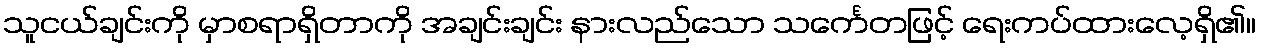
သူငယ်ချင်းကို မှာစရာရှိတာကို အချင်းချင်း နားလည်သော သင်္ကေတဖြင့် ရေးကပ်ထားလေ့ရှိ၏။